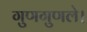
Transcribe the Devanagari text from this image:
गुणगुणले।